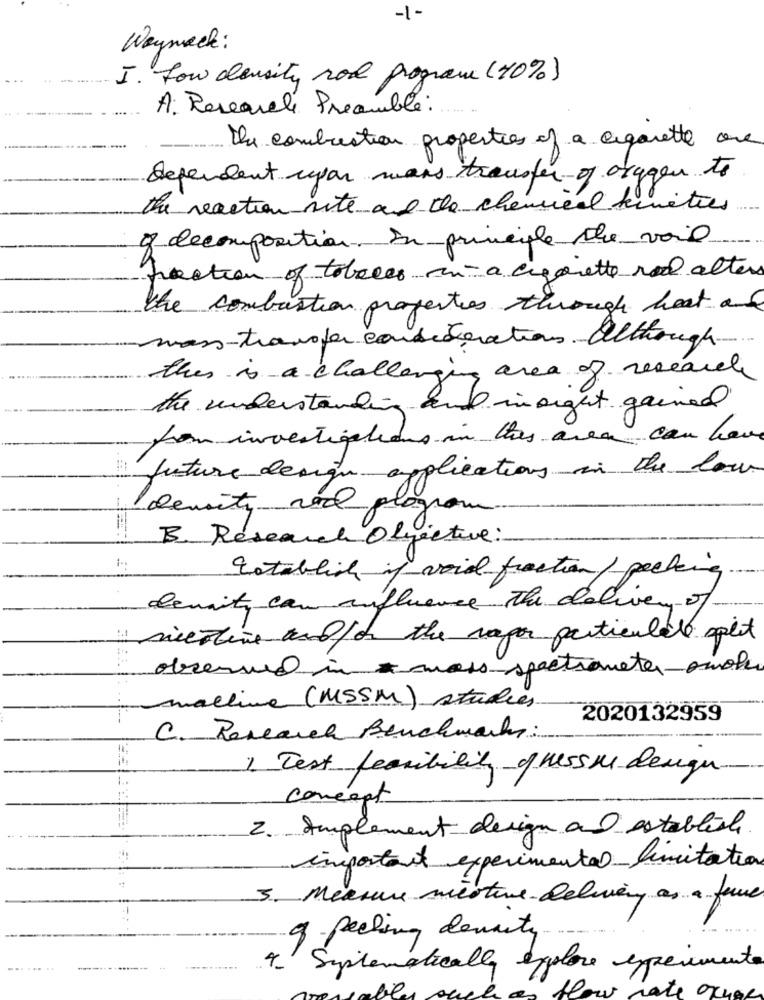
-1-
Waymack:
I. Low density rod program (40%)
A: Researele Preamble :.
The combustion properties of a cigarette one
dependent upon wars transfer of arygen to
the reaction site and the chemical kinetics
of decomposition. In principle the vail
fraction of tobeles ina cigarette rol alten
the combustion properties through heat and
mass-transfer consideration. although.
this is a challenging area of research
the understanding and insight gained
from investigations in this area can here
future design applications in the low
Toensite red
program
B. Research Objective:
Establish if void fraction/ peeking
denit can influence. The delivery of
medline and/or the rapor particulate spit
observed in mass spectrometer omole
machine (MSSM) studies
2020132959
C. Research Benchmarks:
1 Test ferribility of Hesse design
concept
2. Implement design and establish
important experimental limitation
3. Measure mentine-delivery as a fome
----
8 peeking density ..
.....
Systematically explore experiments